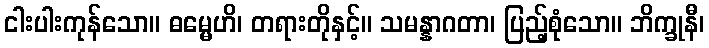
ငါးပါးကုန်သော။ ဓမ္မေဟိ၊ တရားတိုနှင့်။ သမန္နာဂတာ၊ ပြည့်စုံသော။ ဘိက္ခုနီ၊